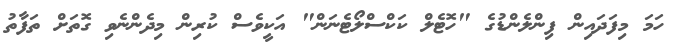
ހަމަ މިފަދައިން ފިންލެންޑުގެ "ހޮޓެލް ކަކްސްލޯޓެނަން" އަކީވެސް ކުރިން މިދެންނެވި ގޮތަށް ތަފާތު